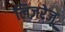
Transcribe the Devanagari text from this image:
लिज़रेजू